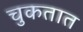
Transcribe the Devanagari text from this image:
चुकतात